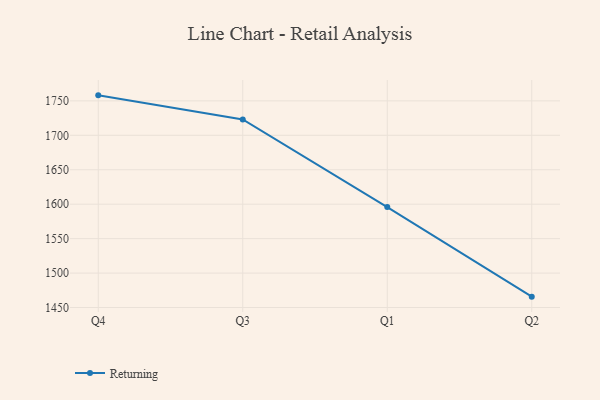
{"axis": {"x": "Quarter", "y": "Backlog"}, "legend": ["Returning"], "data": [{"x": "Q4", "y": 1758.0, "type": "Returning"}, {"x": "Q3", "y": 1723.1, "type": "Returning"}, {"x": "Q1", "y": 1595.9, "type": "Returning"}, {"x": "Q2", "y": 1465.8, "type": "Returning"}]}